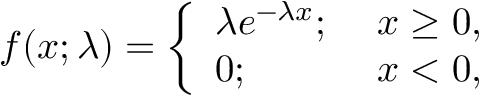
\begin{array} { l c l } { f ( x ; \lambda ) = \left\{ \begin{array} { l l } { \lambda e ^ { - \lambda x } ; } & { ~ x \ge 0 , } \\ { 0 ; } & { ~ x < 0 , } \end{array} \right. } \end{array}